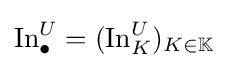
\operatorname {In} _{\bullet }^{U}=(\operatorname {In} _{K}^{U})_{K\in \mathbb {K} }